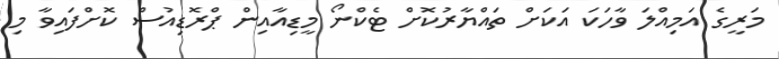
މަރީގެ އަމިއްލަ ވާހަކަ އަކަށް ތައްޔާރުކޮށް ޓެކްނޯ މީޑިއާއިން ޕްރޮޑިއުސް ކޮށްފައިވާ މި